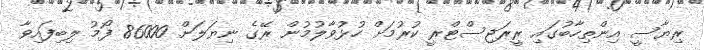
ރިޔާސީ އިންތިހާބުގައި ރީރަޖިސްޓްރީ ކުރުމަށް ހުޅުވާލުމުން ރޭގެ ނިޔަލަށް 86000 ފޯމު ލިބިފައިވާ